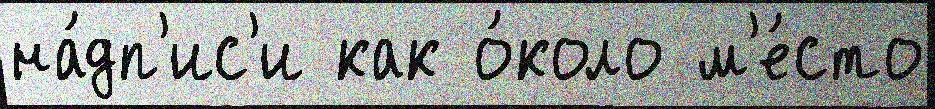
на́дп'ис'и как о́коло м'е́сто